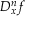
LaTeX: D _ { x } ^ { n } f